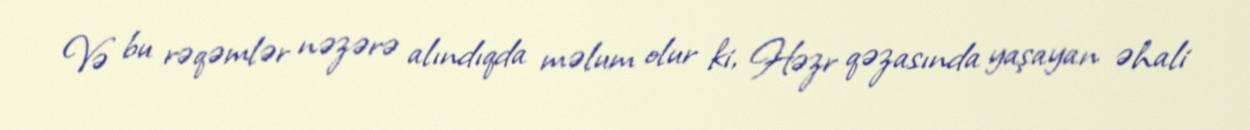
Və bu rəqəmlər nəzərə alındıqda məlum olur ki, Həzr qəzasında yaşayan əhali